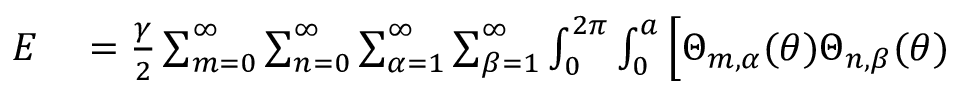
\begin{array} { r l } { E } & { { } = \frac { \gamma } { 2 } \sum _ { m = 0 } ^ { \infty } \sum _ { n = 0 } ^ { \infty } \sum _ { \alpha = 1 } ^ { \infty } \sum _ { \beta = 1 } ^ { \infty } \int _ { 0 } ^ { 2 \pi } \int _ { 0 } ^ { a } \Big [ \Theta _ { m , \alpha } ( \theta ) \Theta _ { n , \beta } ( \theta ) } \end{array}